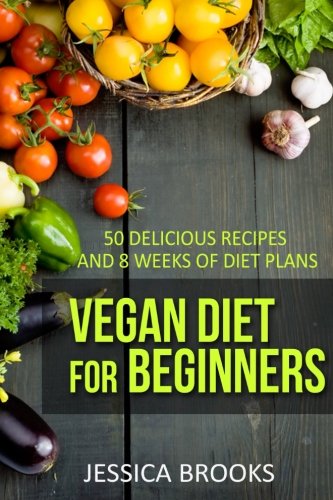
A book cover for Vegan Diet For Beginners: 50 Delicious Recipes And Eight Weeks Of Diet Plans (Vegan and Vegetarian) (Volume 1); Jessica Brooks; Cookbooks, Food & Wine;